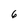
Character: 6